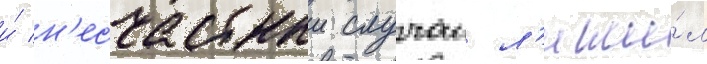
и́ н'есчастныи случаи л'иши́л